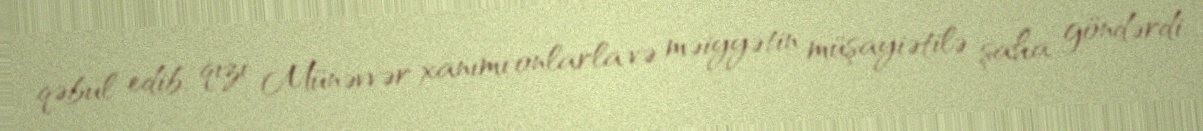
qəbul edib, qızı Münəvvər xanımı onlarla və məiyyətin müşayiətilə şaha göndərdi.